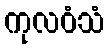
ကုလဝံသံ